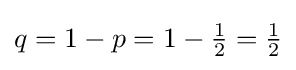
q=1-p=1-{\tfrac {1}{2}}={\tfrac {1}{2}}